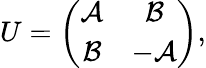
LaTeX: \begin{array}{r}{U=\left(\begin{array}{cc}{\mathcal{A}}&{\mathcal{B}}\\ {\mathcal{B}}&{-\mathcal{A}}\end{array}\right),}\end{array}